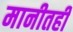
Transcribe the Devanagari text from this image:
मानीतही